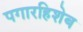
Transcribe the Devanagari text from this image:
पगारहिशेब